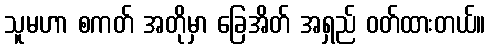
သူမဟာ စကတ် အတိုမှာ ခြေအိတ် အရှည် ဝတ်ထားတယ်။